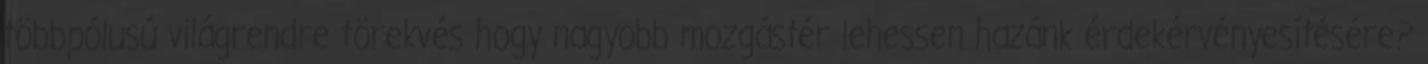
többpólusú világrendre törekvés hogy nagyobb mozgástér lehessen hazánk érdekérvényesítésére?